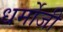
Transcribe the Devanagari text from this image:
धर्मोजी